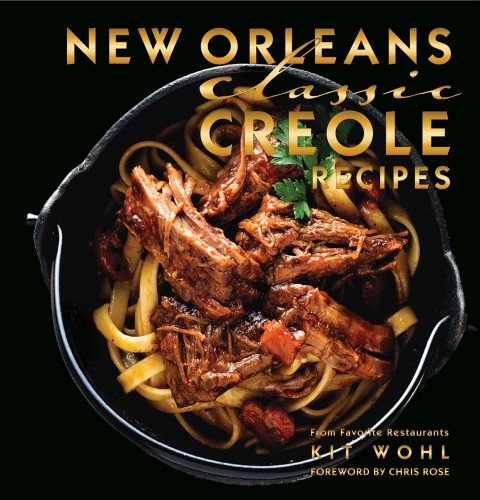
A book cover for New Orleans Classic Creole Recipes (Classics); Kit Wohl; Cookbooks, Food & Wine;